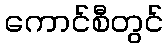
ကောင်စီတွင်